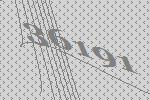
36191